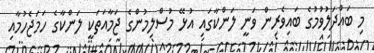
މި ބައްދަލުވުމުގެ ބައިވެރިން ވަނީ ލަންކާގައި އުޅޭ މުސްލިމުންގެ ޖަމާއަތަކީ ލަންކާގެ ހަމަޖެހުމާއި